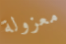
معزولة